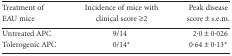
<table><thead><tr><td><b>Treatment of EAU mice</b></td><td><b>Incidence of mice with clinical score ≥2</b></td><td><b>Peak disease score ± s.e.m.</b></td></tr></thead><tbody><tr><td>Untreated APC</td><td>9/14</td><td>2·0 ± 0·026</td></tr><tr><td>Tolerogenic APC</td><td>0/14*</td><td>0·64 ± 0·13*</td></tr></tbody></table>